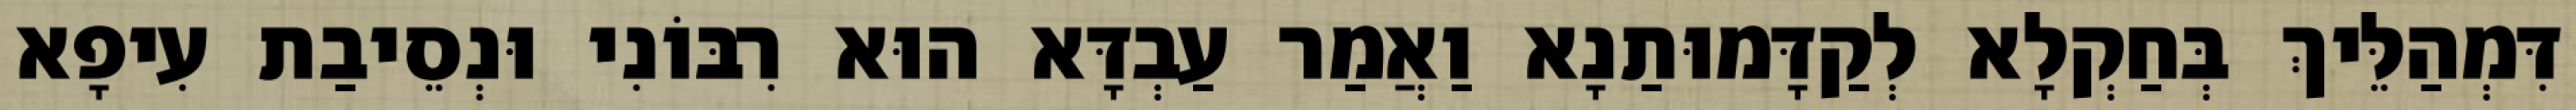
דִּמְהַלֵּיךְ בְּחַקְלָא לְקַדָּמוּתַנָא וַאֲמַר עַבְדָּא הוּא רִבּוֹנִי וּנְסֵיבַת עִיפָא